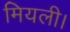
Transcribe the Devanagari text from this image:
मियली।